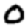
Digit: 0